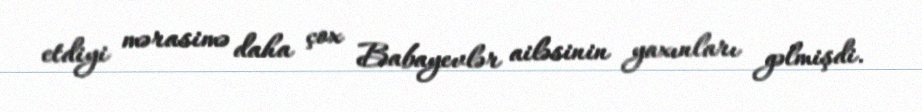
etdiyi mərasimə daha çox Babayevlər ailəsinin yaxınları gəlmişdi.